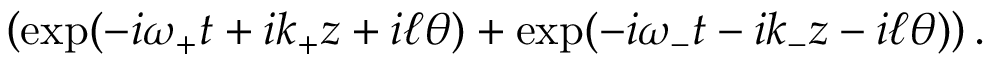
\left( \exp ( - i \omega _ { + } t + i k _ { + } z + i \ell \theta ) + \exp ( - i \omega _ { - } t - i k _ { - } z - i \ell \theta ) \right) .